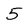
Character: 5